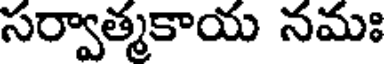
సర్వాత్మకాయ నమః